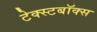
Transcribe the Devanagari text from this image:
टेक्स्टबॉक्स